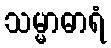
သမ္မာဓာရံ